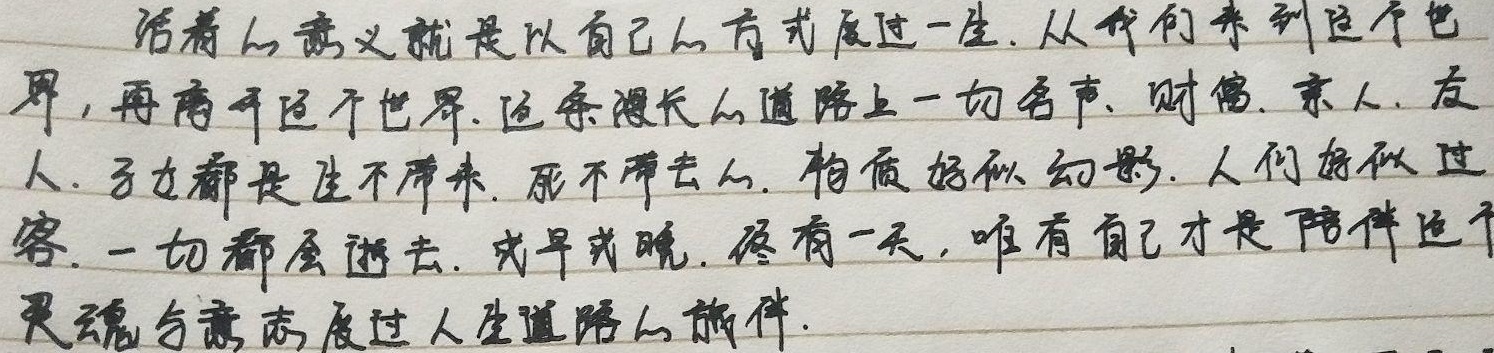
活着的意义就是以自己的方式度过一生。从我们来到这个世界，再离开这个世界，这条漫长的道路上，一切名声、财富、亲人、友人、子女都是生不带来，死不带去的。物质好似幻影，人们好似过客，一切都会逝去，或早或晚。终有一天，唯有自己才是陪伴这个灵魂与意志度过人生道路的旅伴。